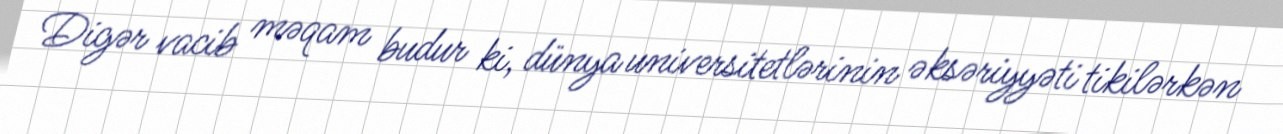
Digər vacib məqam budur ki, dünya universitetlərinin əksəriyyəti tikilərkən